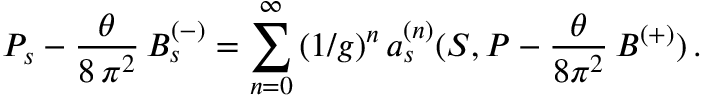
P _ { s } - \frac { \theta } { 8 \, \pi ^ { 2 } } \, B _ { s } ^ { ( - ) } = \sum _ { n = 0 } ^ { \infty } \, ( 1 / g ) ^ { n } \, a _ { s } ^ { ( n ) } ( S , P - \frac { \theta } { 8 \pi ^ { 2 } } \, B ^ { ( + ) } ) \, .